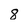
Character: 8